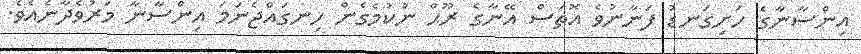
އިންސާނާގެ ހަށިގަނޑު ފަނާނުވެ އޮތަސް އޭނާގެ ރޫޙް ނުކުމެގެން ހިނގައްޖެނަމަ އިންސާނާ މަރުވެދާނެއެވެ.